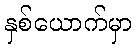
နှစ်ယောက်မှာ